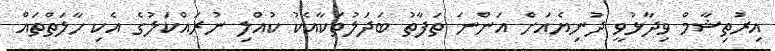
އިރުތިޝާމް ވިދާޅުވީ ދުނިޔެއަށް އަންނަ ތަފާތު ބަދަލުތަކާއެކު ކުއްލި ނުރައްކަލުގެ އެކި ހާލަތްތައް